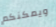
ويمكنكم